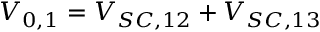
V _ { 0 , 1 } = V _ { S C , 1 2 } + V _ { S C , 1 3 }